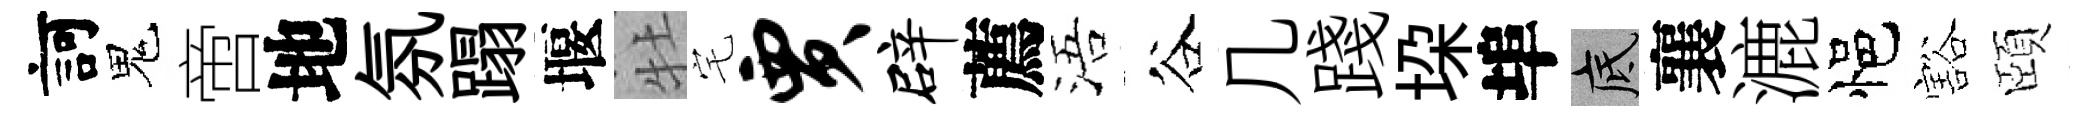
訶鬼啻地氛蹋堰牡宅贾辟薦浯谷几踐垜埠底襄漉悒豁頤